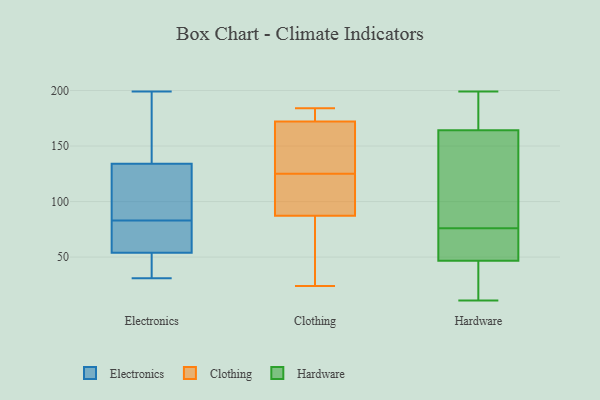
{"axis": {"x": "Active Users", "y": "Value"}, "legend": ["Clothing", "Electronics", "Hardware"], "data": [{"x": "", "y": 180, "type": "Electronics"}, {"x": "", "y": 152, "type": "Electronics"}, {"x": "", "y": 114, "type": "Electronics"}, {"x": "", "y": 35, "type": "Electronics"}, {"x": "", "y": 57, "type": "Electronics"}, {"x": "", "y": 54, "type": "Electronics"}, {"x": "", "y": 66, "type": "Electronics"}, {"x": "", "y": 31, "type": "Electronics"}, {"x": "", "y": 77, "type": "Electronics"}, {"x": "", "y": 38, "type": "Electronics"}, {"x": "", "y": 134, "type": "Electronics"}, {"x": "", "y": 131, "type": "Electronics"}, {"x": "", "y": 199, "type": "Electronics"}, {"x": "", "y": 89, "type": "Electronics"}, {"x": "", "y": 88, "type": "Clothing"}, {"x": "", "y": 24, "type": "Clothing"}, {"x": "", "y": 184, "type": "Clothing"}, {"x": "", "y": 89, "type": "Clothing"}, {"x": "", "y": 87, "type": "Clothing"}, {"x": "", "y": 178, "type": "Clothing"}, {"x": "", "y": 173, "type": "Clothing"}, {"x": "", "y": 169, "type": "Clothing"}, {"x": "", "y": 125, "type": "Clothing"}, {"x": "", "y": 146, "type": "Clothing"}, {"x": "", "y": 30, "type": "Clothing"}, {"x": "", "y": 135, "type": "Hardware"}, {"x": "", "y": 18, "type": "Hardware"}, {"x": "", "y": 69, "type": "Hardware"}, {"x": "", "y": 64, "type": "Hardware"}, {"x": "", "y": 129, "type": "Hardware"}, {"x": "", "y": 42, "type": "Hardware"}, {"x": "", "y": 156, "type": "Hardware"}, {"x": "", "y": 191, "type": "Hardware"}, {"x": "", "y": 76, "type": "Hardware"}, {"x": "", "y": 196, "type": "Hardware"}, {"x": "", "y": 167, "type": "Hardware"}, {"x": "", "y": 11, "type": "Hardware"}, {"x": "", "y": 26, "type": "Hardware"}, {"x": "", "y": 61, "type": "Hardware"}, {"x": "", "y": 199, "type": "Hardware"}]}